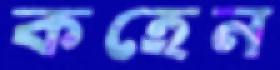
কহেন